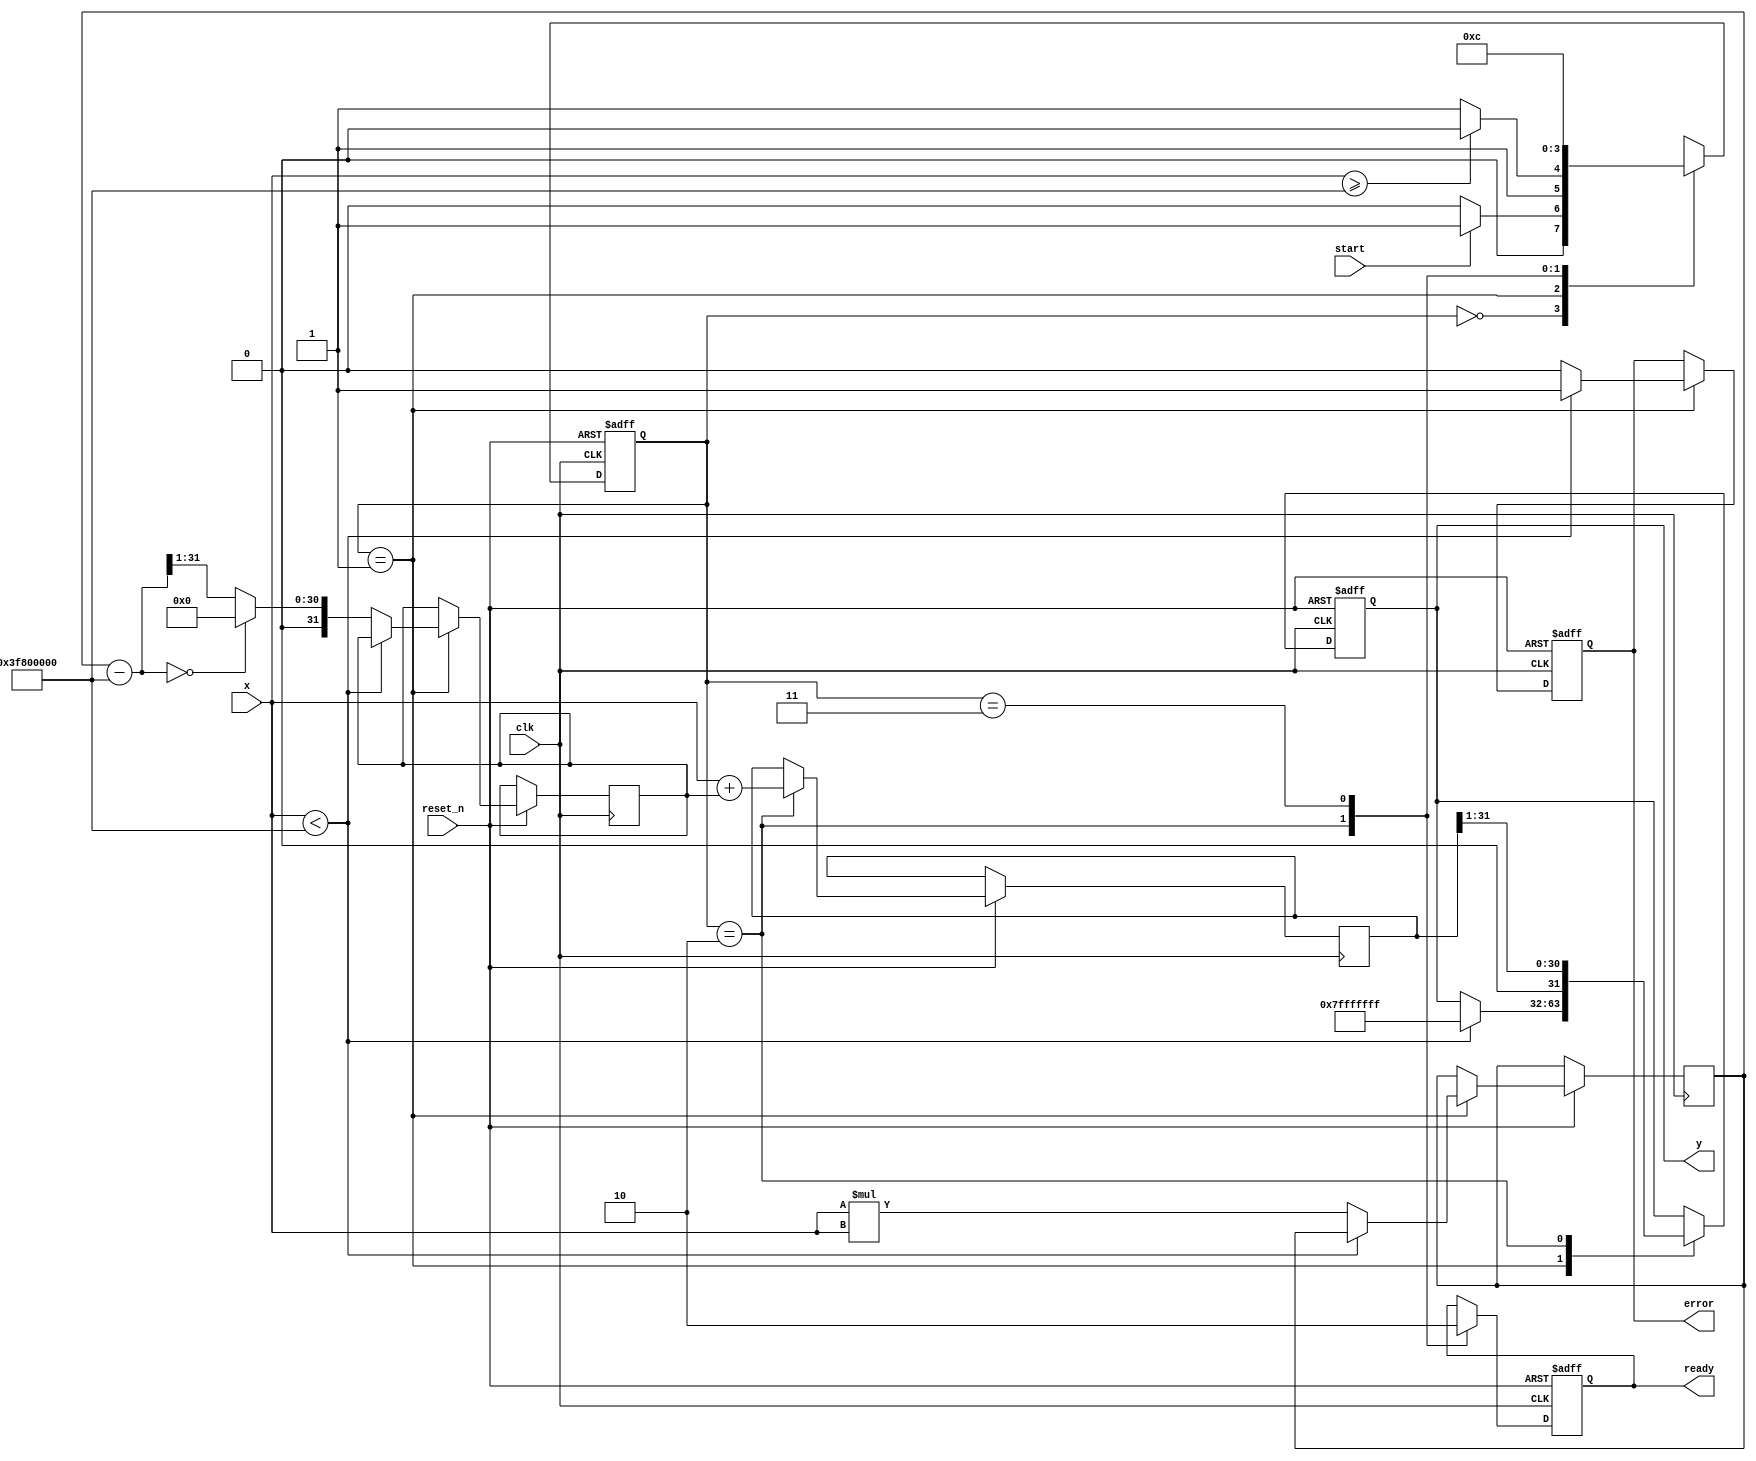
module acosh #(parameter WIDTH = 32)(
    input wire clk,
    input wire reset_n,
    input wire start,
    input wire [WIDTH-1:0] x, // Input
    output reg [WIDTH-1:0] y, // Output
    output reg ready,          // Output ready signal
    output reg error          // Error signal for invalid input
);
    
    // Internal signals
    reg [1:0] state, next_state;
    reg [WIDTH-1:0] x_squared;
    reg [WIDTH-1:0] sqrt_term;
    reg [WIDTH-1:0] ln_input;

    // FSM states
    localparam IDLE = 2'b00,
               VALIDATE = 2'b01,
               COMPUTE = 2'b10,
               OUTPUT = 2'b11;

    // Calculate Square
    function [WIDTH-1:0] square(input [WIDTH-1:0] val);
    begin
        square = val * val; // Simplified multiplication for square
    end
    endfunction

    // Simple Square Root approximation (for illustrative purposes)
    function [WIDTH-1:0] sqrt_approx(input [WIDTH-1:0] val);
    begin
        if (val == 0) begin
            sqrt_approx = 0;
        end else begin
            // Use an approximation method, for now, just take half of the value as a rough approximation
            sqrt_approx = val >> 1; // This is just a placeholder for actual sqrt logic
        end
    end
    endfunction

    // Simple Natural Logarithm approximation (for illustrative purposes)
    function [WIDTH-1:0] ln_approx(input [WIDTH-1:0] val);
    begin
        ln_approx = val >> 1; // This is just a placeholder for actual ln logic
    end
    endfunction

    // State transition logic
    always @(*) begin
        case (state)
            IDLE: begin
                if (start) next_state = VALIDATE;
                else next_state = IDLE;
            end
            VALIDATE: begin
                if (x >= 32'h3F800000) // Check if x >= 1.0 in IEEE 754 (for single precision)
                    next_state = COMPUTE;
                else
                    next_state = OUTPUT; // Invalid input
            end
            COMPUTE: next_state = OUTPUT;
            OUTPUT: next_state = IDLE;
            default: next_state = IDLE;
        endcase
    end

    // State register
    always @(posedge clk or negedge reset_n) begin
        if (!reset_n) begin
            state <= IDLE;
            y <= 0;
            ready <= 0;
            error <= 0;
        end else begin
            state <= next_state;
            case (state)
                VALIDATE: begin
                    if (x < 32'h3F800000) begin // x < 1
                        error <= 1; // Signal error
                        y <= 32'h7FFFFFFF; // Return NaN as an example
                    end else begin
                        error <= 0;
                        x_squared <= square(x);
                        sqrt_term <= sqrt_approx(x_squared - 32'h3F800000); // x^2 - 1
                    end
                end
                COMPUTE: begin
                    ln_input <= x + sqrt_term;
                    y <= ln_approx(ln_input);
                    ready <= 1; // Signal that output is ready
                end
                OUTPUT: begin
                    ready <= 0;
                end
            endcase
        end
    end
endmodule